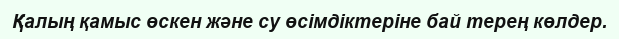
Қалың қамыс өскен және су өсімдіктеріне бай терең көлдер.